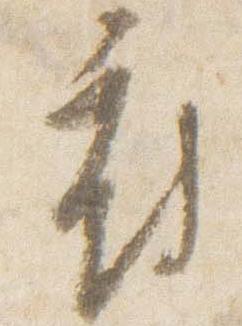
相